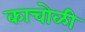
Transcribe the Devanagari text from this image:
काचोळी